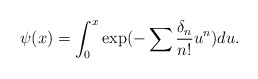
\begin{align*}\psi(x)=\int_0^x \exp(-\sum\frac{\delta_n}{n!}u^n)du.\end{align*}